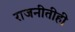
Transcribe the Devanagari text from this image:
राजनीतीही